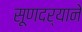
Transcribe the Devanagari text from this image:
सूणदर्‍याने